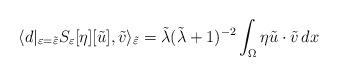
LaTeX: \begin{align*} \langle d\rvert_{\varepsilon = \tilde{\varepsilon}} S_\varepsilon [\eta][\tilde{u}], \tilde{v} \rangle_{\tilde{ \varepsilon}} = \tilde{\lambda}(\tilde{\lambda}+1)^{-2} \int_\Omega \eta \tilde{u} \cdot \tilde{v}\, dx\end{align*}